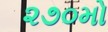
૨૭૦મો